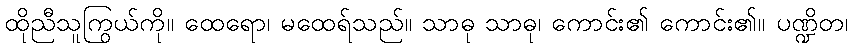
ထိုညီသူကြွယ်ကို။ ထေရော၊ မထေရ်သည်။ သာဓု သာဓု၊ ကောင်း၏ ကောင်း၏။ ပဏ္ဍိတ၊